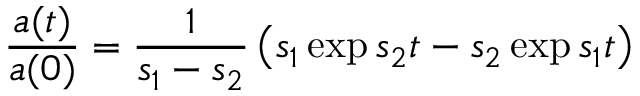
\frac { a ( t ) } { a ( 0 ) } = \frac { 1 } { s _ { 1 } - s _ { 2 } } \left( s _ { 1 } \exp { s _ { 2 } t } - s _ { 2 } \exp { s _ { 1 } t } \right)